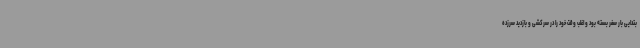
بتدایی بار سفر بسته بود و اغلب وقت خود را در سرکشی و بازدید سرزده